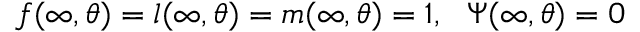
f ( \infty , \theta ) = l ( \infty , \theta ) = m ( \infty , \theta ) = 1 , \ \ \Psi ( \infty , \theta ) = 0